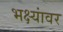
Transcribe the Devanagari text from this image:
भक्ष्यांवर